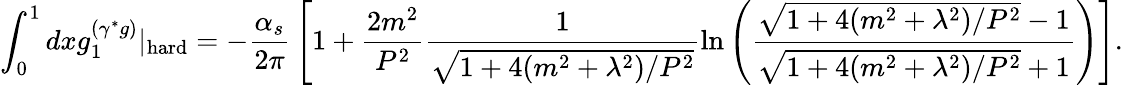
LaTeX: \int_{0}^{1}dxg_{1}^{(\gamma^{*}g)}|_{\mathrm{hard}}=-{\frac{\alpha_{s}}{2\pi}}\left[1+\frac{2m^{2}}{P^{2}}\frac{1}{\sqrt{1+4(m^{2}+\lambda^{2})/P^{2}}}\ln\left(\frac{\sqrt{1+4(m^{2}+\lambda^{2})/P^{2}}-1}{\sqrt{1+4(m^{2}+\lambda^{2})/P^{2}}+1}\right)\right].